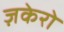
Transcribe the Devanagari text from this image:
ज़केरो